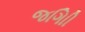
જગાિી